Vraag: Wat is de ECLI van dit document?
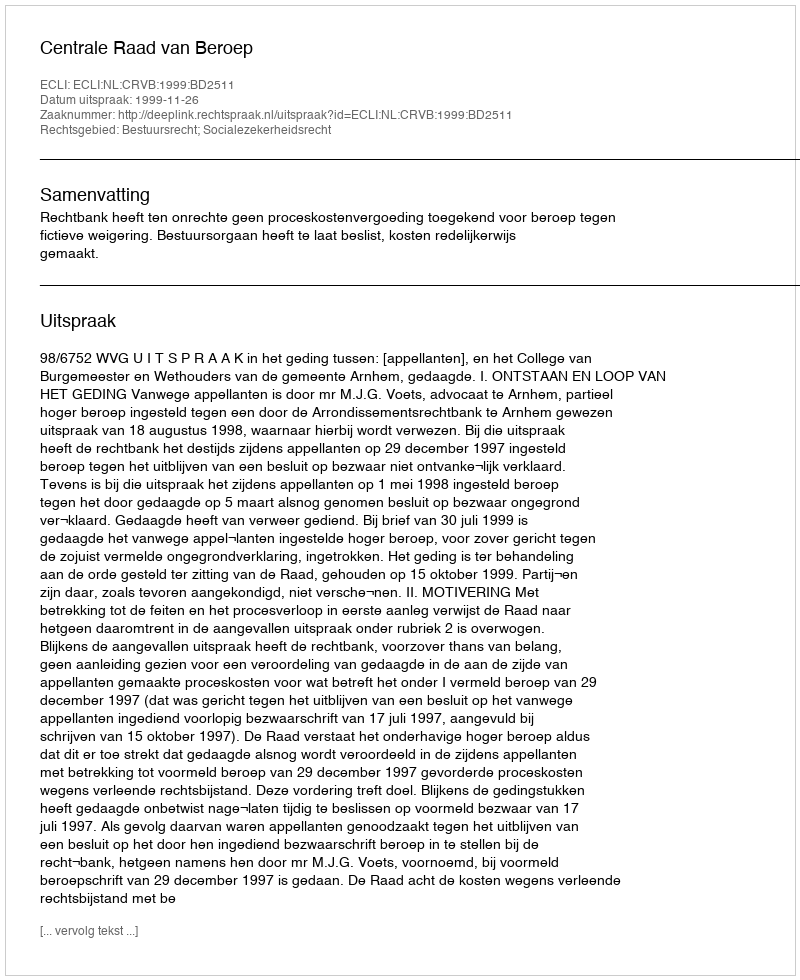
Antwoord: ECLI:NL:CRVB:1999:BD2511